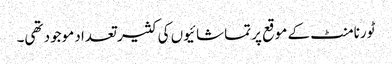
ٹورنامنٹ کے موقع پر تماشائیوں کی کثیر تعداد موجود تھی۔